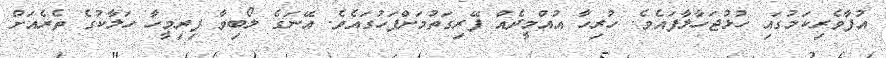
އުފާވެރިކަމުގައި ހުޅުޖަހާލާފައެވެ. ހުރިހާ އުއްމީދެއް ފޭރިގަތުމަށްފަހުގައެވެ. އޭނަގެ ލޯބިވާ ފިރިމީހާ ހަލާކުގެ ތެރެއަށް